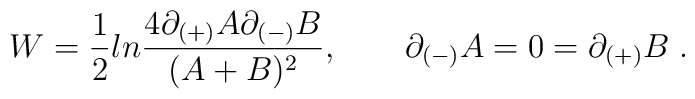
W = {1 \over 2} ln {{4 \partial_{(+)} A \partial_{(-)} B} \over {(A+B)^2}}, \qquad\partial_{(-)} A = 0 = \partial_{(+)} B \; .